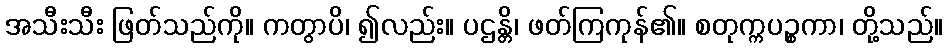
အသီးသီး ဖြတ်သည်ကို။ ကတွာပိ၊ ၍လည်း။ ပဌန္တိ၊ ဖတ်ကြကုန်၏။ စတုက္ကပဉ္စကာ၊ တို့သည်။